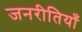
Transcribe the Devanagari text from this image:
जनरीतियाँ